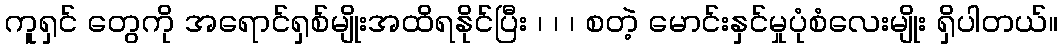
ကူရှင် တွေကို အရောင်ရှစ်မျိုးအထိရနိုင်ပြီး ၊ ၊ ၊ စတဲ့ မောင်းနှင်မှုပုံစံလေးမျိုး ရှိပါတယ်။